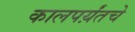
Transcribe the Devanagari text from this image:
कालपर्य़ंतचे